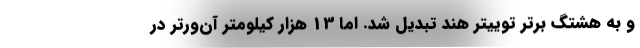
و به هشتگ برتر توییتر هند تبدیل شد. اما 13 هزار کیلومتر آن‌ورتر در